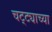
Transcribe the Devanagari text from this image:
चट्ट्याच्या